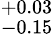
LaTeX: ^{+0.03}_{-0.15}